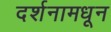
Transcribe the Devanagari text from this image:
दर्शनामधून